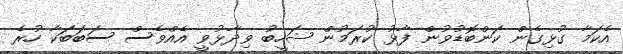
އެކަމާ ގުޅިގެން ކަންބޮޑުވުން ފާޅު ކުރަމުން ޝަހީބު ވިދާޅުވީ އެއްވެސް ސަބަބަކާ ހުރެ